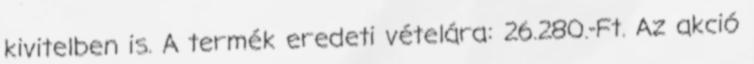
kivitelben is. A termék eredeti vételára: 26.280.-Ft. Az akció